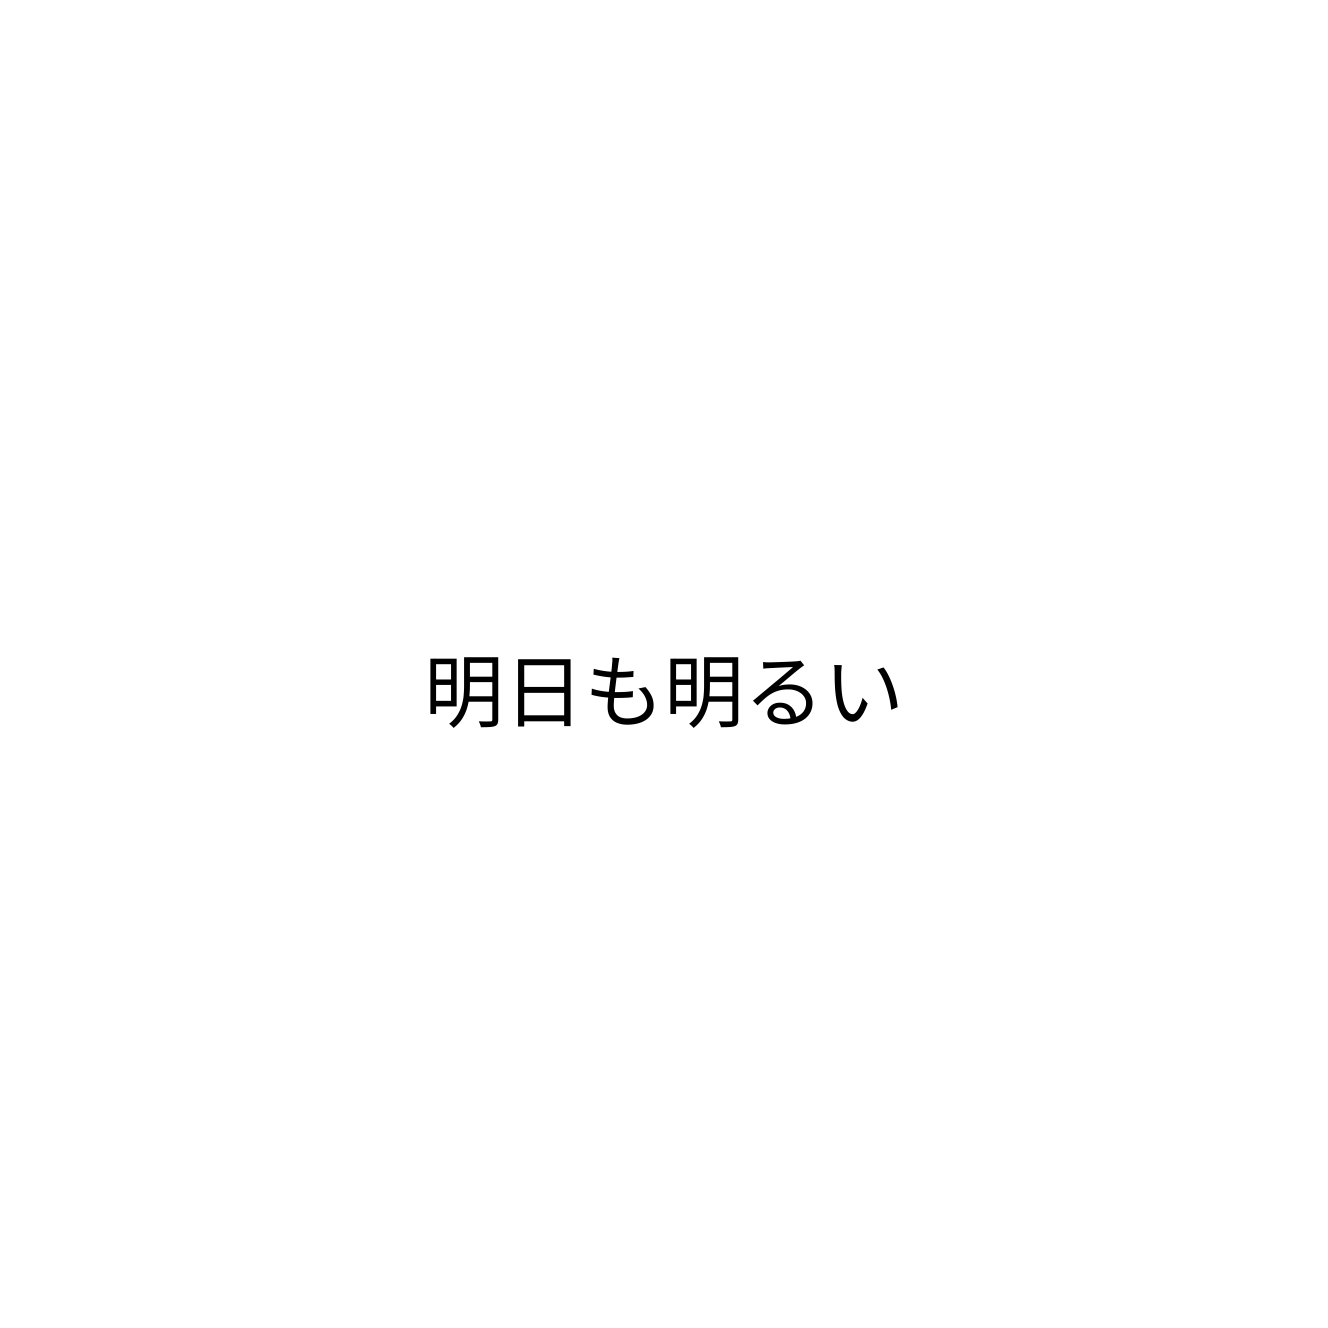
明日も明るい